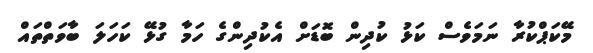
މޭކަޕްކުރާ ނަމަވެސް ކަޅު ކުދިން ބޮޑަށް އެކުދިންގެ ހަމާ ގުޅޭ ކަހަލަ ބާވަތްތައް